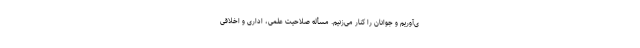
ی‌آوریم و جوانان را کنار می‌زنیم. مسأله صلاحیت علمی، اداری و اخلاقی